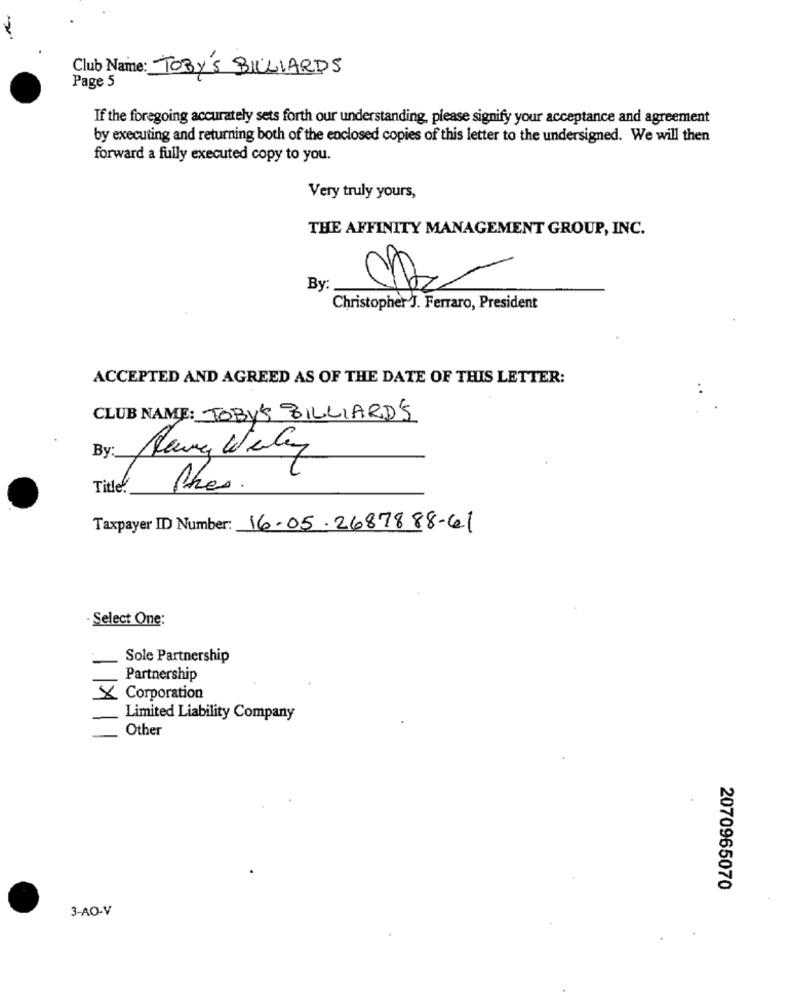
Club Name: TOBY'S BILLIARDS
Page 5
If the foregoing accurately sets forth our understanding, please signify your acceptance and agreement
by executing and returning both of the enclosed copies of this letter to the undersigned. We will then
forward a fully executed copy to you.
Very truly yours,
THE AFFINITY MANAGEMENT GROUP, INC.
By
Christopher J. Ferraro, President
ACCEPTED AND AGREED AS OF THE DATE OF THIS LETTER:
CLUB NAME: TOBYS BILLIARD'S
By:
Jenny Werdeny
Title
thes.
Taxpayer ID Number: 16-05-2687888-61
Select One:
Sole Partnership
-
Partnership
X Corporation
Limited Liability Company
Other
2070965070
3-AO-V